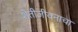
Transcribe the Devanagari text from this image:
शेतीजीवनाचा